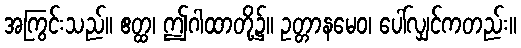
အကြွင်းသည်။ ဧတ္ထ၊ ဤဂါထာတို့၌။ ဥတ္တာနမေဝ၊ ပေါ်လျှင်ကတည်း။